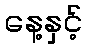
နေ့နှင့်